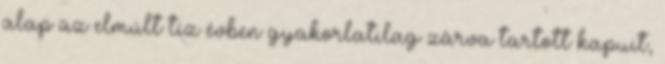
alap az elmúlt tíz évben gyakorlatilag zárva tartott kapuit,